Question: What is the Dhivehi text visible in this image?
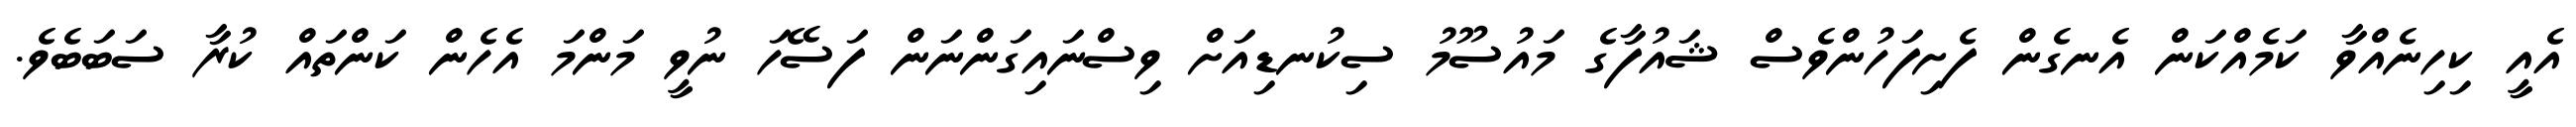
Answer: އެއީ ކިހިނެއްވާ ކަމެއްކަން އެނގެން ފެށިފަހުންވެސް ޝައުފާގެ މައުސޫމު ސިކުނޑިއަށް ވިސްނައިގަންނަން ފަސޭހަ ނުވީ މަންމަ އެހެން ކަންތައް ކުރާ ސަބަބެވެ.